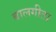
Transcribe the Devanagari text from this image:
बालगीता